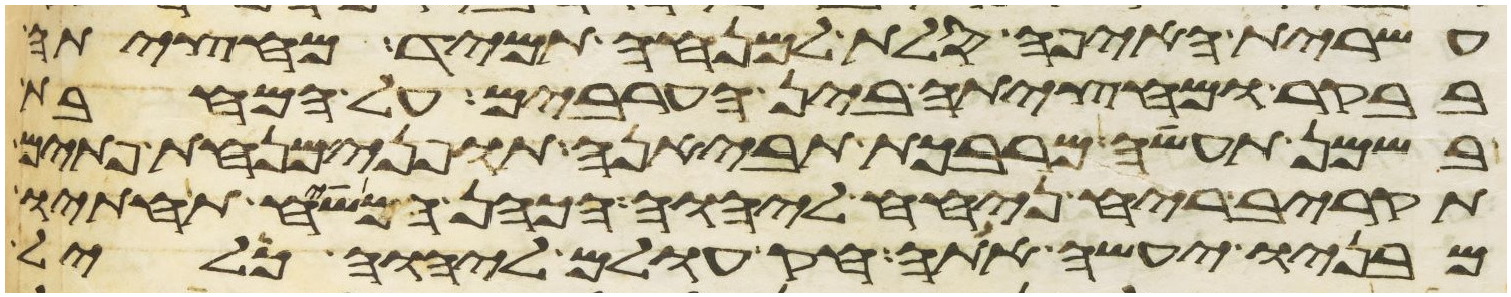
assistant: עשירת האיפה סלת למנחה תמיד מחציתה
בבקר ומחציתה בין הערבים על המחבת
בשמן תעשה מרבכת תביאנה תופני מנחת פתים
תקריב ריח ניחח ליהוה הכהן המשיח תחתיו
מבניו יעשה אתה חק עולם ליהוה כליל